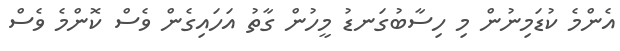
އެންމެ ކުޑަމިނުން މި ހިސާބުގަނޑު މީހުން ގާތު އަހައިގެން ވެސް ކޮންމެ ވެސް